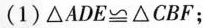
(1) $$△ A D E ≌ △ C B F$$；